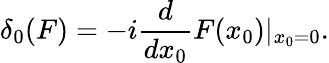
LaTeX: \delta_{0}(F)=-i{\frac{d}{dx_{0}}}F(x_{0})\vert_{x_{0}=0}.